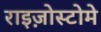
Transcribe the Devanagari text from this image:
राइज़ोस्टोमे